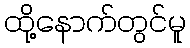
ထို့နောက်တွင်မူ